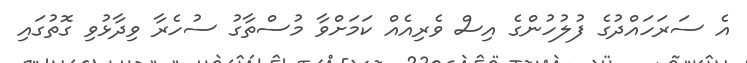
އެ ސަރަހައްދުގެ ފުލުހުންގެ އިސް ވެރިއެއް ކަމަށްވާ މުސްތާގު ސުހެރާ ވިދާޅުވި ގޮތުގައި